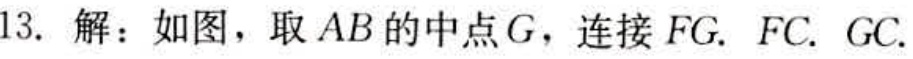
13. 解：如图，取 \(AB\) 的中点 \(G\)，连接 \(FG\). \(FC.\ GC.\)